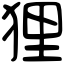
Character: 狸